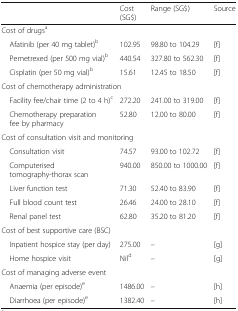
<table><thead><tr><td></td><td><b>Cost (SG$)</b></td><td><b>Range (SG$)</b></td><td><b>Source</b></td></tr></thead><tbody><tr><td colspan="4">Cost of drugs<sup>a</sup></td></tr><tr><td> Afatinib (per 40 mg tablet)<sup>b</sup></td><td>102.95</td><td>98.80 to 104.29</td><td>[f]</td></tr><tr><td> Pemetrexed (per 500 mg vial)<sup>b</sup></td><td>440.54</td><td>327.80 to 562.30</td><td>[f]</td></tr><tr><td> Cisplatin (per 50 mg vial)<sup>b</sup></td><td>15.61</td><td>12.45 to 18.50</td><td>[f]</td></tr><tr><td colspan="4">Cost of chemotherapy administration</td></tr><tr><td> Facility fee/chair time (2 to 4 h)<sup>c</sup></td><td>272.20</td><td>241.00 to 319.00</td><td>[f]</td></tr><tr><td> Chemotherapy preparation fee by pharmacy</td><td>52.80</td><td>12.00 to 80.00</td><td>[f]</td></tr><tr><td colspan="4">Cost of consultation visit and monitoring</td></tr><tr><td> Consultation visit</td><td>74.57</td><td>93.00 to 102.72</td><td>[f]</td></tr><tr><td> Computerised tomography-thorax scan</td><td>940.00</td><td>850.00 to 1000.00</td><td>[f]</td></tr><tr><td> Liver function test</td><td>71.30</td><td>52.40 to 83.90</td><td>[f]</td></tr><tr><td> Full blood count test</td><td>26.46</td><td>24.00 to 28.10</td><td>[f]</td></tr><tr><td> Renal panel test</td><td>62.80</td><td>35.20 to 81.20</td><td>[f]</td></tr><tr><td colspan="4">Cost of best supportive care (BSC)</td></tr><tr><td> Inpatient hospice stay (per day)</td><td>275.00</td><td>–</td><td>[g]</td></tr><tr><td> Home hospice visit</td><td>Nil<sup>d</sup></td><td>–</td><td>[g]</td></tr><tr><td colspan="4">Cost of managing adverse event</td></tr><tr><td> Anaemia (per episode)<sup>e</sup></td><td>1486.00</td><td>–</td><td>[h]</td></tr><tr><td> Diarrhoea (per episode)<sup>e</sup></td><td>1382.40</td><td>–</td><td>[h]</td></tr></tbody></table>